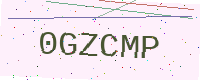
Text: 0GZCMP